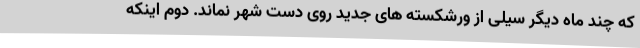
که چند ماه دیگر سیلی از ورشکسته های جدید روی دست شهر نماند. دوم اینکه